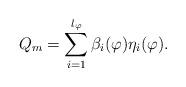
LaTeX: \begin{align*}Q_m=\sum_{i=1}^{l_\varphi }\beta _i(\varphi )\eta _i(\varphi ).\end{align*}